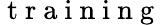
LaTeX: \mathrm{~t~r~a~i~n~i~n~g~}